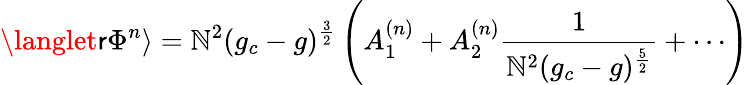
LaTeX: \langlet\mathsf{r}\Phi^{n}\rangle=\mathbb{N}^{2}(g_{c}-g)^{\frac{{3}}{{2}}}\left(A_{1}^{(n)}+A_{2}^{(n)}\frac{{1}}{{\mathbb{N}^{2}(g_{c}-g)^{\frac{{5}}{{2}}}}}+\cdots\right)